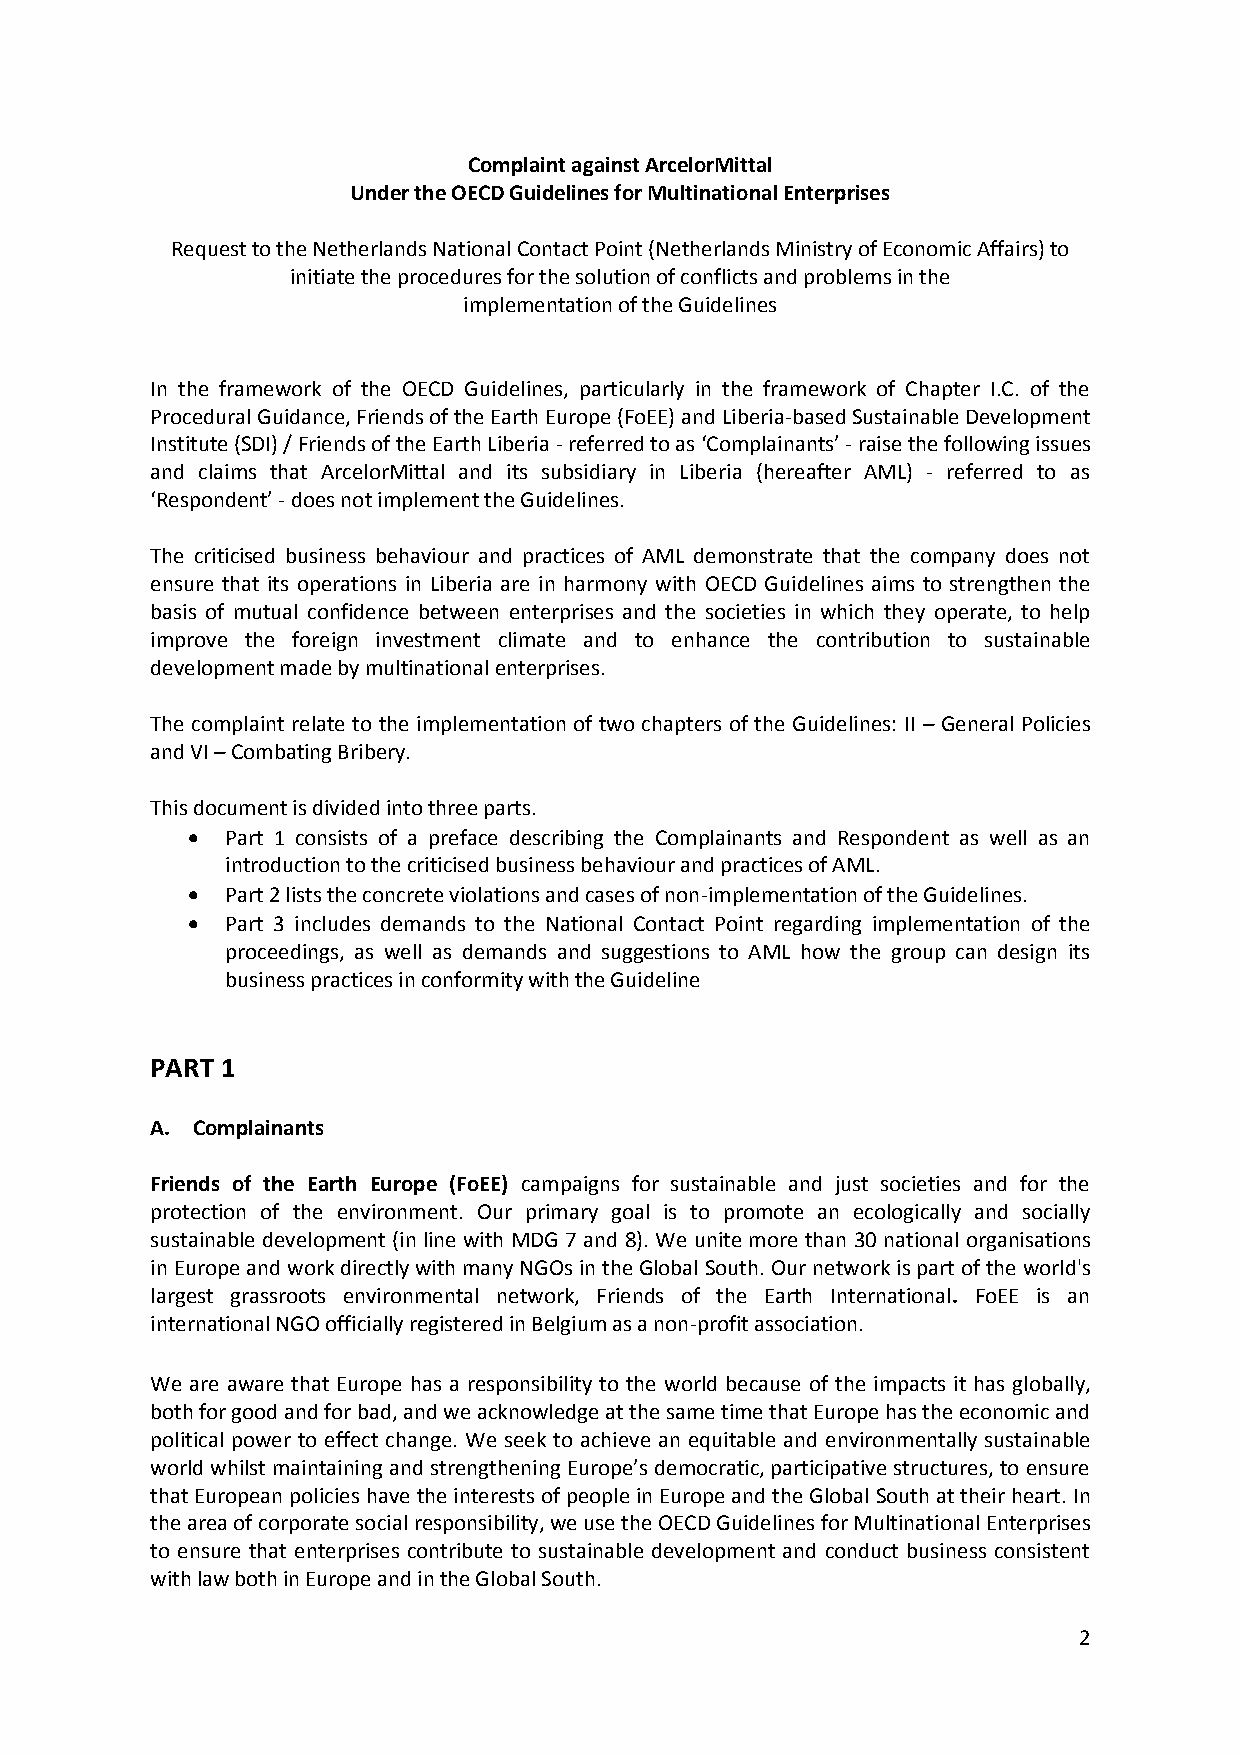
ComplaintagainstArcelorMittal
 UndertheOECDGuidelinesforMultinationalEnterprises
 RequesttotheNetherlandsNationalContactPoint(NetherlandsMinistryofEconomicAffairs)to
 initiatetheproceduresforthesolutionofconflictsandproblemsinthe
 implementationoftheGuidelines
 In the framework of the OECD Guidelines, particularly in the framework of Chapter I.C. of the
 ProceduralGuidance,FriendsoftheEarthEurope(FoEE)andLiberia-basedSustainableDevelopment
 Institute(SDI)/FriendsoftheEarthLiberia-referredtoas‘Complainants’-raisethefollowingissues
 and claims that ArcelorMittal and its subsidiary in Liberia (hereafter AML) - referred to as
 ‘Respondent’-doesnotimplementtheGuidelines.
 The criticised business behaviour and practices of AML demonstrate that the company does not
 ensure that its operations in Liberia are in harmony with OECD Guidelines aims to strengthen the
 basis of mutual confidence between enterprises and the societies in which they operate, to help
 improve the foreign investment climate and to enhance the contribution to sustainable
 developmentmadebymultinationalenterprises.
 The complaint relate to the implementation of two chapters of the Guidelines: II – General Policies
 andVI–CombatingBribery.
 Thisdocumentisdividedintothreeparts.
   Part 1 consists of a preface describing the Complainants and Respondent as well as an
 introductiontothecriticisedbusinessbehaviourandpracticesofAML.
   Part2liststheconcreteviolationsandcasesofnon-implementationoftheGuidelines.
   Part 3 includes demands to the National Contact Point regarding implementation of the
 proceedings, as well as demands and suggestions to AML how the group can design its
 businesspracticesinconformitywiththeGuideline
 PART 1
 A. Complainants
 Friends of the Earth Europe (FoEE) campaigns for sustainable and just societies and for the
 protection of the environment. Our primary goal is to promote an ecologically and socially
 sustainable development (inline with MDG 7 and 8). We unitemore than 30 national organisations
 inEuropeandworkdirectlywithmanyNGOsintheGlobalSouth. Ournetworkispartoftheworld's
 largest grassroots environmental network, Friends of the Earth International. FoEE is an
 internationalNGOofficiallyregisteredinBelgiumasanon-profitassociation.
 We are aware that Europe has a responsibility to the world because of the impacts it has globally,
 bothforgoodandforbad,andweacknowledgeatthesametimethatEuropehastheeconomicand
 political power to effect change. We seek to achieve an equitable and environmentally sustainable
 worldwhilstmaintainingandstrengtheningEurope’s democratic,participativestructures, to ensure
 thatEuropeanpolicieshavetheinterestsofpeopleinEuropeandtheGlobalSouthattheirheart. In
 theareaofcorporatesocialresponsibility,weusetheOECDGuidelinesforMultinationalEnterprises
 to ensure that enterprises contribute to sustainable development and conduct business consistent
 withlawbothinEuropeandintheGlobalSouth.
 2